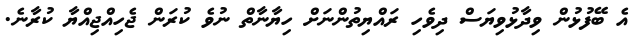
އެ ބޭފުޅުން ވިދާޅުވިޔަސް ދިވެހި ރައްޔިތުންނަށް ހިޔާނާތް ނުވެ ކުރަން ޖެހިއްޖިއްޔާ ކުރާނެ.